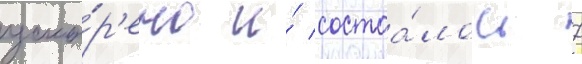
уско́р'ено и́ состоа́лось 7